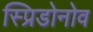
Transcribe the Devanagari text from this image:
स्प्रिडोनोव